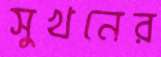
সুখনের